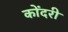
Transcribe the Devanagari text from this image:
कोंदरी